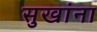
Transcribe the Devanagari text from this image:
सुखांना